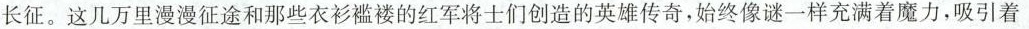
长征。这几万里漫漫征途和那些衣衫褴褛的红军将士们创造的英雄传奇，始终像谜一样充满着魔力，吸引着